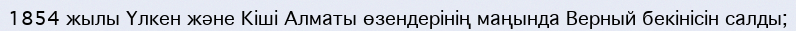
1854 жылы Үлкен және Кіші Алматы өзендерінің маңында Верный бекінісін салды;